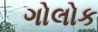
ગોલોક